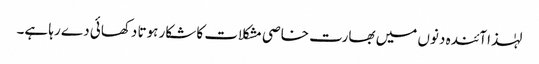
لہٰذا آئندہ دنوں میں بھارت خاصی مشکلات کا شکار ہوتا دکھائی دے رہا ہے۔